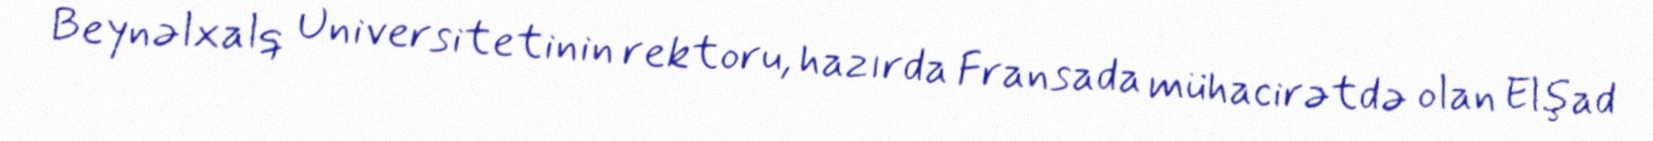
Beynəlxalq Universitetinin rektoru, hazırda Fransada mühacirətdə olan Elşad